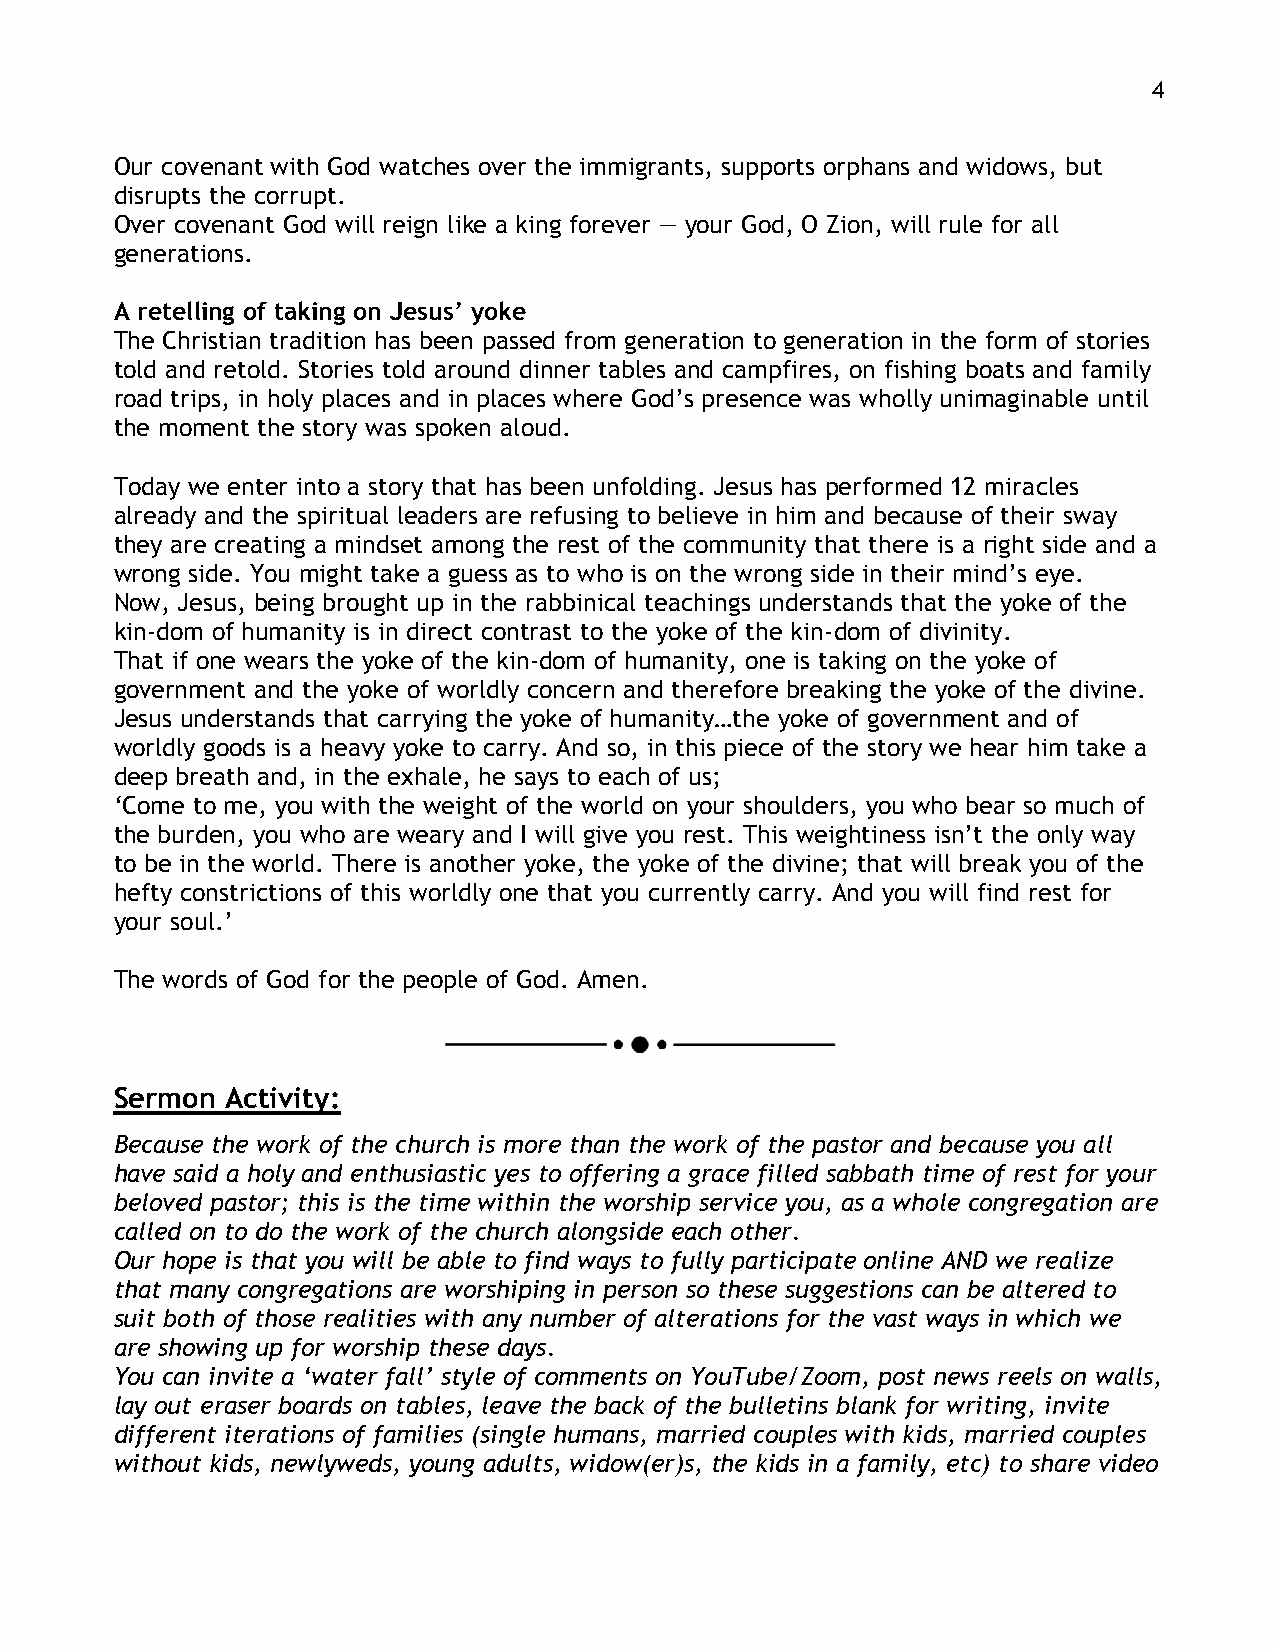
4
 Our covenant with God watches over the immigrants, supports orphans and widows, but
 disrupts the corrupt.
 Over covenant God will reign like a king forever — your God, O Zion, will rule for all
 generations.
 A retelling of taking on Jesus’ yoke
 The Christian tradition has been passed from generation to generation in the form of stories
 told and retold. Stories told around dinner tables and campfires, on fishing boats and family
 road trips, in holy places and in places where God’s presence was wholly unimaginable until
 the moment the story was spoken aloud.
 Today we enter into a story that has been unfolding. Jesus has performed 12 miracles
 already and the spiritual leaders are refusing to believe in him and because of their sway
 they are creating a mindset among the rest of the community that there is a right side and a
 wrong side. You might take a guess as to who is on the wrong side in their mind’s eye.
 Now, Jesus, being brought up in the rabbinical teachings understands that the yoke of the
 kin-dom of humanity is in direct contrast to the yoke of the kin-dom of divinity.
 That if one wears the yoke of the kin-dom of humanity, one is taking on the yoke of
 government and the yoke of worldly concern and therefore breaking the yoke of the divine.
 Jesus understands that carrying the yoke of humanity…the yoke of government and of
 worldly goods is a heavy yoke to carry. And so, in this piece of the story we hear him take a
 deep breath and, in the exhale, he says to each of us;
 ‘Come to me, you with the weight of the world on your shoulders, you who bear so much of
 the burden, you who are weary and I will give you rest. This weightiness isn’t the only way
 to be in the world. There is another yoke, the yoke of the divine; that will break you of the
 hefty constrictions of this worldly one that you currently carry. And you will find rest for
 your soul.’
 The words of God for the people of God. Amen.
 Sermon Activity:
 Because the work of the church is more than the work of the pastor and because you all
 have said a holy and enthusiastic yes to offering a grace filled sabbath time of rest for your
 beloved pastor; this is the time within the worship service you, as a whole congregation are
 called on to do the work of the church alongside each other.
 Our hope is that you will be able to find ways to fully participate online AND we realize
 that many congregations are worshiping in person so these suggestions can be altered to
 suit both of those realities with any number of alterations for the vast ways in which we
 are showing up for worship these days.
 You can invite a ‘water fall’ style of comments on YouTube/Zoom, post news reels on walls,
 lay out eraser boards on tables, leave the back of the bulletins blank for writing, invite
 different iterations of families (single humans, married couples with kids, married couples
 without kids, newlyweds, young adults, widow(er)s, the kids in a family, etc) to share video